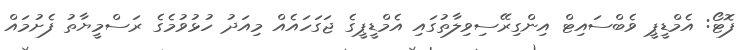
ފޮޓޯ: އެމްޑީޕީ ވެބްސައިޓް އިންގިރޭސިވިލާތުގައި އެމްޑީޕީގެ ޖަގަހައެއް މިއަދު ހުޅުވުމެގެ ރަސްމީޔާތު ފެށުމައް